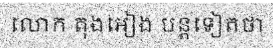
លោក តុងអៀង បន្តទៀតថា